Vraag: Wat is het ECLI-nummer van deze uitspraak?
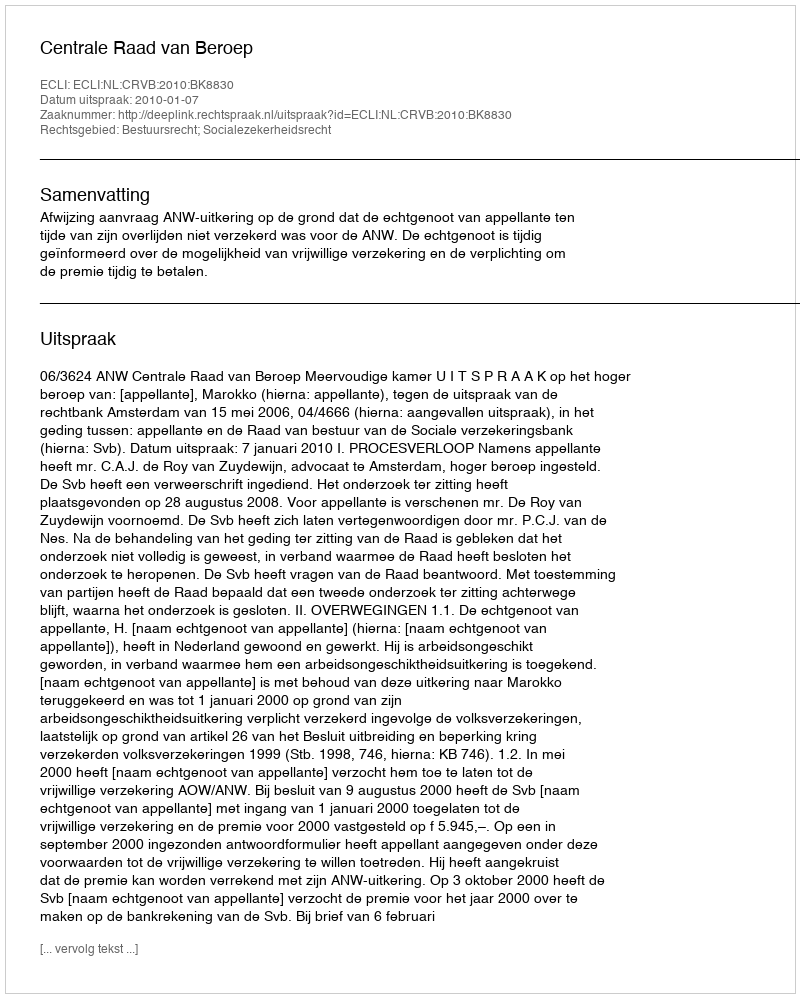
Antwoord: ECLI:NL:CRVB:2010:BK8830